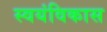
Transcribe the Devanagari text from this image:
स्वयंविकास